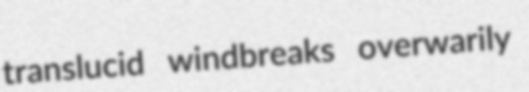
translucid windbreaks overwarily